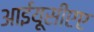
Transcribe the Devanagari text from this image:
आईयूसीएए